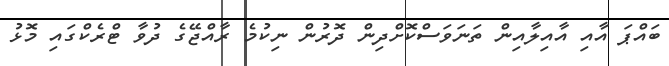
ބައްޕަ އާއި އާއިލާއިން ތަނަވަސްކޮށްދިން ދޮރުން ނިކުމެ ރާއްޖޭގެ ދުވާ ޓްރެކްގައި މޮޅު